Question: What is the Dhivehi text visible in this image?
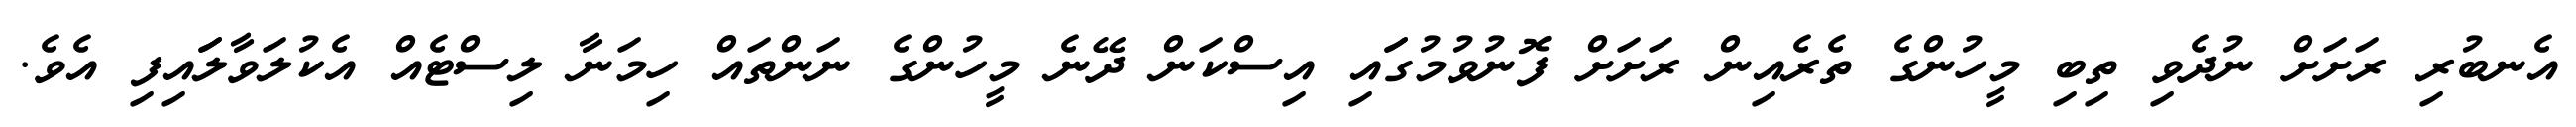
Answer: އެނބުރި ރަށަށް ނުދެވި ތިބި މީހުންގެ ތެރެއިން ރަށަށް ފޮނުވުމުގަައި އިސްކަން ދޭނެ މީހުންގެ ނަންތައް ހިމަނާ ލިސްޓެއް އެކުލަވާލަައިފި އެވެ.